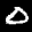
Digit: 3